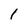
Character: 1